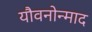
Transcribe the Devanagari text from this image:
यौवनोन्माद